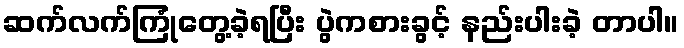
ဆက်လက်ကြုံတွေ့ခဲ့ရပြီး ပွဲကစားခွင့် နည်းပါးခဲ့ တာပါ။